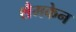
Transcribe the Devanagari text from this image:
शैमकेन